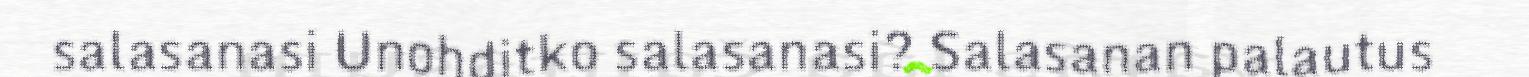
salasanasi Unohditko salasanasi? Salasanan palautus